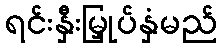
ရင်းနှီးမြှုပ်နှံမည်